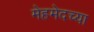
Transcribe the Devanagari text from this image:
मेहमेदच्या